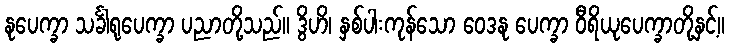
နုပေက္ခာ သင်္ခါရုပေက္ခာ ပညာတို့သည်။ ဒွိဟိ၊ နှစ်ပါးကုန်သော ဝေဒနု ပေက္ခာ ဝီရိယုပေက္ခာတို့နှင့်။